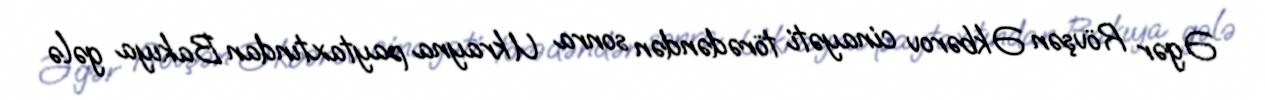
Əgər Rövşən Əkbərov cinayəti törədəndən sonra Ukrayna paytaxtından Bakıya gələ